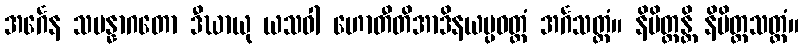
အင်္ဂေန သမန္နာဂတော ဒီဃာယု ယသဝါ ဟောတီတိအာဒိနယပ္ပဝတ္တံ အင်္ဂသတ္ထံ။ နိမိတ္တန္တိ နိမိတ္တသတ္ထံ။